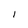
Character: 1